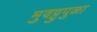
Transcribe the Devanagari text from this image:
मुवट्टुपुळा